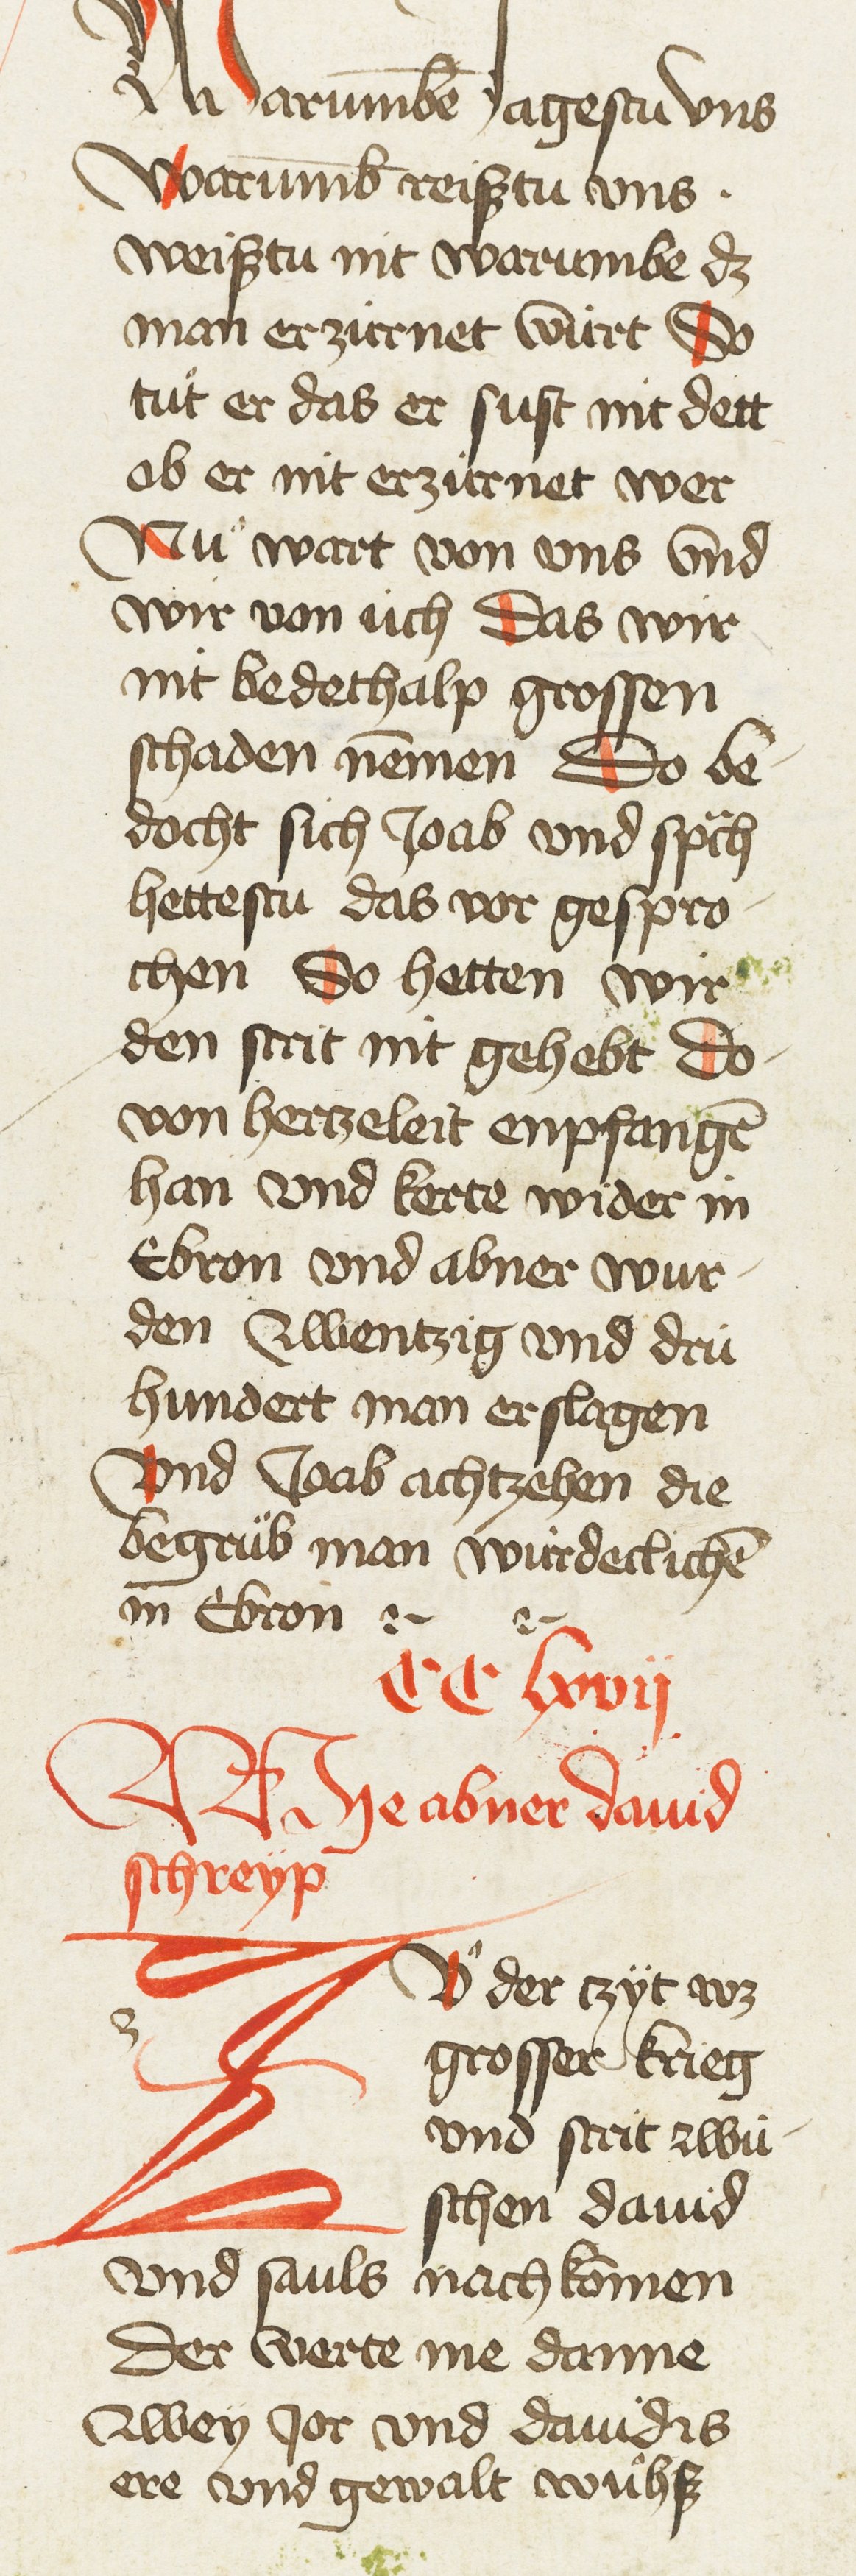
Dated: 1435–1465